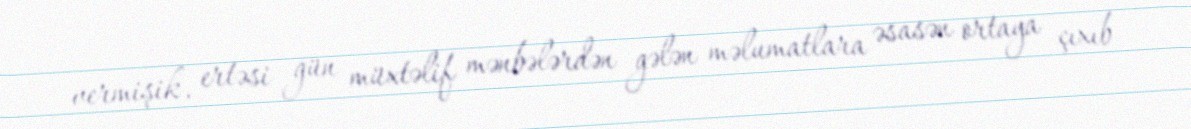
vermişik, ertəsi gün müxtəlif mənbələrdən gələn məlumatlara əsasən ortaya çıxıb